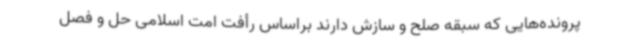
پرونده‌هایی که سبقه صلح و سازش دارند براساس رأفت امت اسلامی حل و فصل